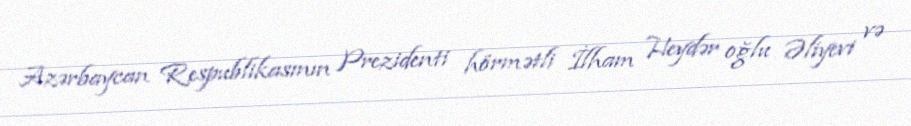
Azərbaycan Respublikasının Prezidenti hörmətli İlham Heydər oğlu Əliyevi və